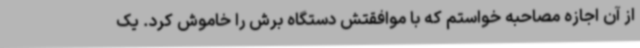
از آن اجازه مصاحبه خواستم که با موافقتش دستگاه برش را خاموش کرد. یک